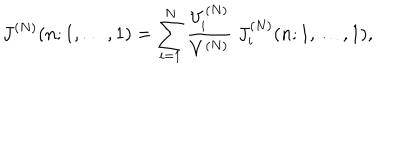
J ^ { ( N ) } ( n ; 1 , \ldots , 1 ) = \sum _ { i = 1 } ^ { N } \frac { V _ { i } ^ { ( N ) } } { V ^ { ( N ) } } \; J _ { i } ^ { ( N ) } ( n ; 1 , \ldots , 1 ) ,